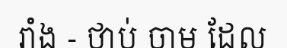
រាំង - ថាប់ ចាម ដែល